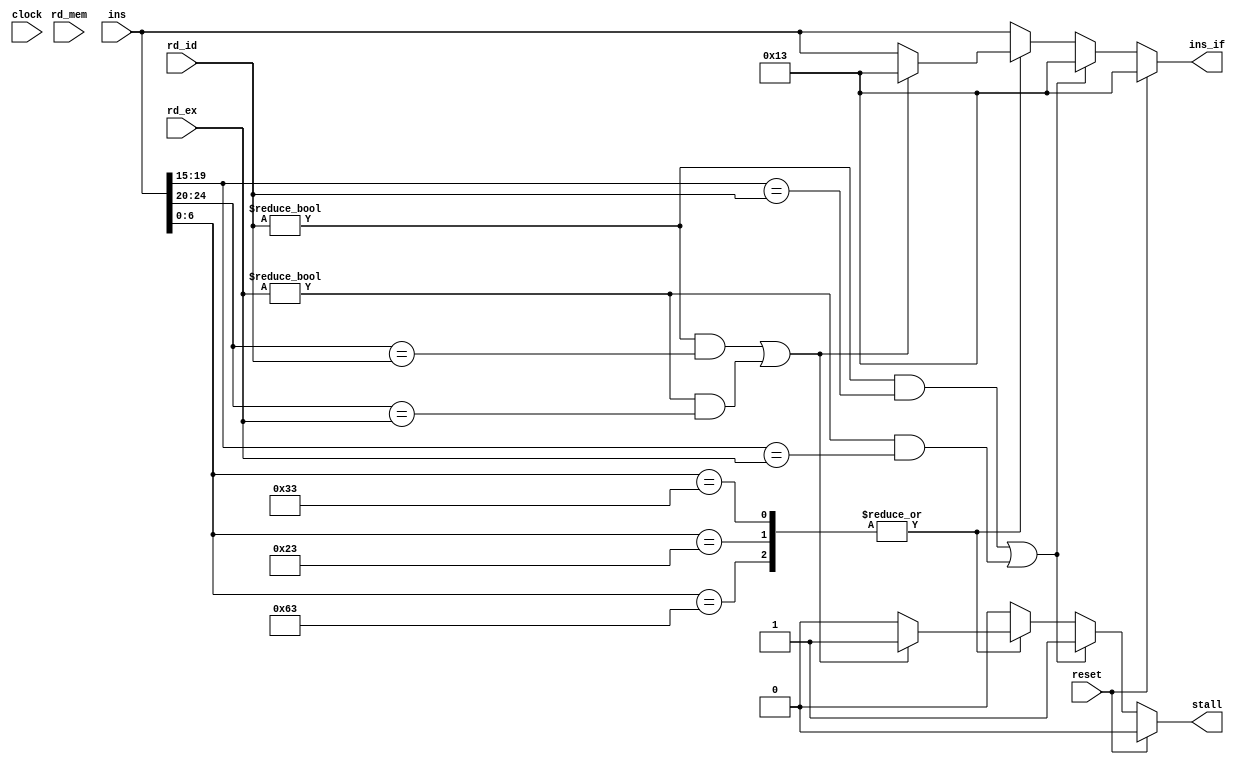
module hazard_detection(
  input [31:0] ins,
  input [4:0] rd_id,
  input [4:0] rd_ex,
  input [4:0] rd_mem,
  input reset,
  input clock,
  output reg [31:0] ins_if,
  output reg stall
);

	initial begin
		stall <= 0;
		ins_if <= 0;
		end

	always @(*) begin
		if (reset) begin
			stall <= 1'b0;
			ins_if <= 32'h13;
		end else begin
			// Handle stalling
			if ((rd_id != 0 && (ins[19:15] == rd_id)) || (rd_ex != 0 && (ins[19:15] == rd_ex))) begin // Check Rs1
				stall <= 1;
				ins_if <= 32'h13;
			end else begin
				case (ins[6:0])
					7'b0110011, 7'b0100011, 7'b1100011: begin // R-Type, S-Type, B-Type
							if ((rd_id != 0 && (ins[24:20] == rd_id)) || (rd_ex != 0 && (ins[24:20] == rd_ex))) begin // Check Rs2
								stall <= 1;
								ins_if <= 32'h13;
							end else begin
								stall <= 0;
								ins_if <= ins;
							end
						end
					default: begin
							stall <= 0;
							ins_if <= ins;
						end
				endcase
			end
		end
	end

endmodule